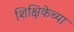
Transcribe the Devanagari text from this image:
शिक्षिकेच्या